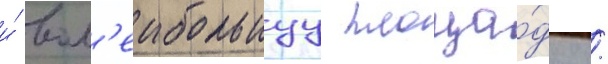
и́ вол'еибольнуу площа́дку /